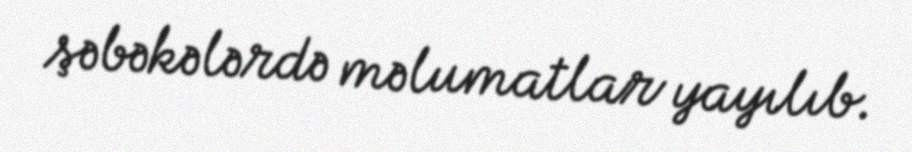
şəbəkələrdə məlumatlar yayılıb.